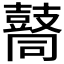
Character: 𪔚